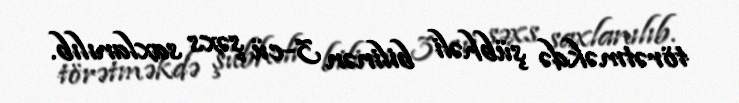
törətməkdə şübhəli bilinən 3-cü şəxs saxlanılıb.